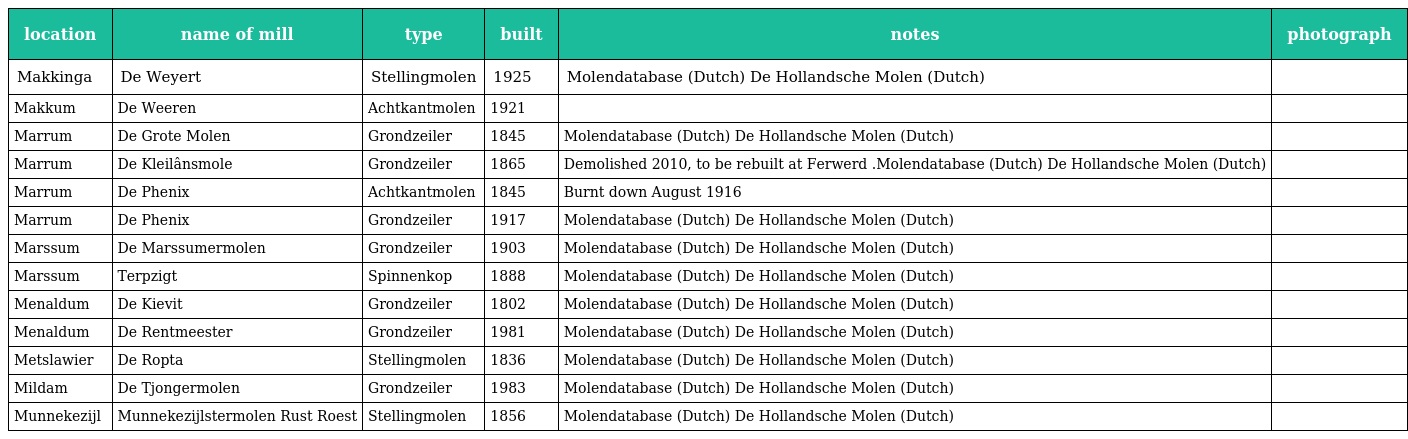
| location | name of mill | type | built | notes | photograph |
 | --- | --- | --- | --- | --- | --- |
 | Makkinga | De Weyert | Stellingmolen | 1925 | Molendatabase (Dutch) De Hollandsche Molen (Dutch) |  |
 | Makkum | De Weeren | Achtkantmolen | 1921 |  |  |
 | Marrum | De Grote Molen | Grondzeiler | 1845 | Molendatabase (Dutch) De Hollandsche Molen (Dutch) |  |
 | Marrum | De Kleilânsmole | Grondzeiler | 1865 | Demolished 2010, to be rebuilt at Ferwerd .Molendatabase (Dutch) De Hollandsche Molen (Dutch) |  |
 | Marrum | De Phenix | Achtkantmolen | 1845 | Burnt down August 1916 |  |
 | Marrum | De Phenix | Grondzeiler | 1917 | Molendatabase (Dutch) De Hollandsche Molen (Dutch) |  |
 | Marssum | De Marssumermolen | Grondzeiler | 1903 | Molendatabase (Dutch) De Hollandsche Molen (Dutch) |  |
 | Marssum | Terpzigt | Spinnenkop | 1888 | Molendatabase (Dutch) De Hollandsche Molen (Dutch) |  |
 | Menaldum | De Kievit | Grondzeiler | 1802 | Molendatabase (Dutch) De Hollandsche Molen (Dutch) |  |
 | Menaldum | De Rentmeester | Grondzeiler | 1981 | Molendatabase (Dutch) De Hollandsche Molen (Dutch) |  |
 | Metslawier | De Ropta | Stellingmolen | 1836 | Molendatabase (Dutch) De Hollandsche Molen (Dutch) |  |
 | Mildam | De Tjongermolen | Grondzeiler | 1983 | Molendatabase (Dutch) De Hollandsche Molen (Dutch) |  |
 | Munnekezijl | Munnekezijlstermolen Rust Roest | Stellingmolen | 1856 | Molendatabase (Dutch) De Hollandsche Molen (Dutch) |  |